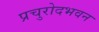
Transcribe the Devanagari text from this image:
प्रचुरोदभवन